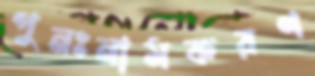
পুনঃনামকরণ